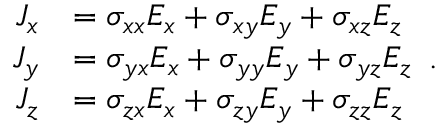
{ \begin{array} { r l } { J _ { x } } & { = \sigma _ { x x } E _ { x } + \sigma _ { x y } E _ { y } + \sigma _ { x z } E _ { z } } \\ { J _ { y } } & { = \sigma _ { y x } E _ { x } + \sigma _ { y y } E _ { y } + \sigma _ { y z } E _ { z } } \\ { J _ { z } } & { = \sigma _ { z x } E _ { x } + \sigma _ { z y } E _ { y } + \sigma _ { z z } E _ { z } } \end{array} } .